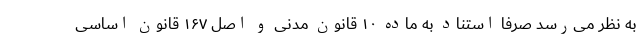
به نظر می‌رسد صرفا استناد به ماده ۱۰ قانون مدنی و اصل ۱۶۷ قانون اساسی